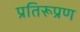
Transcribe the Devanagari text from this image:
प्रतिरूप्रण